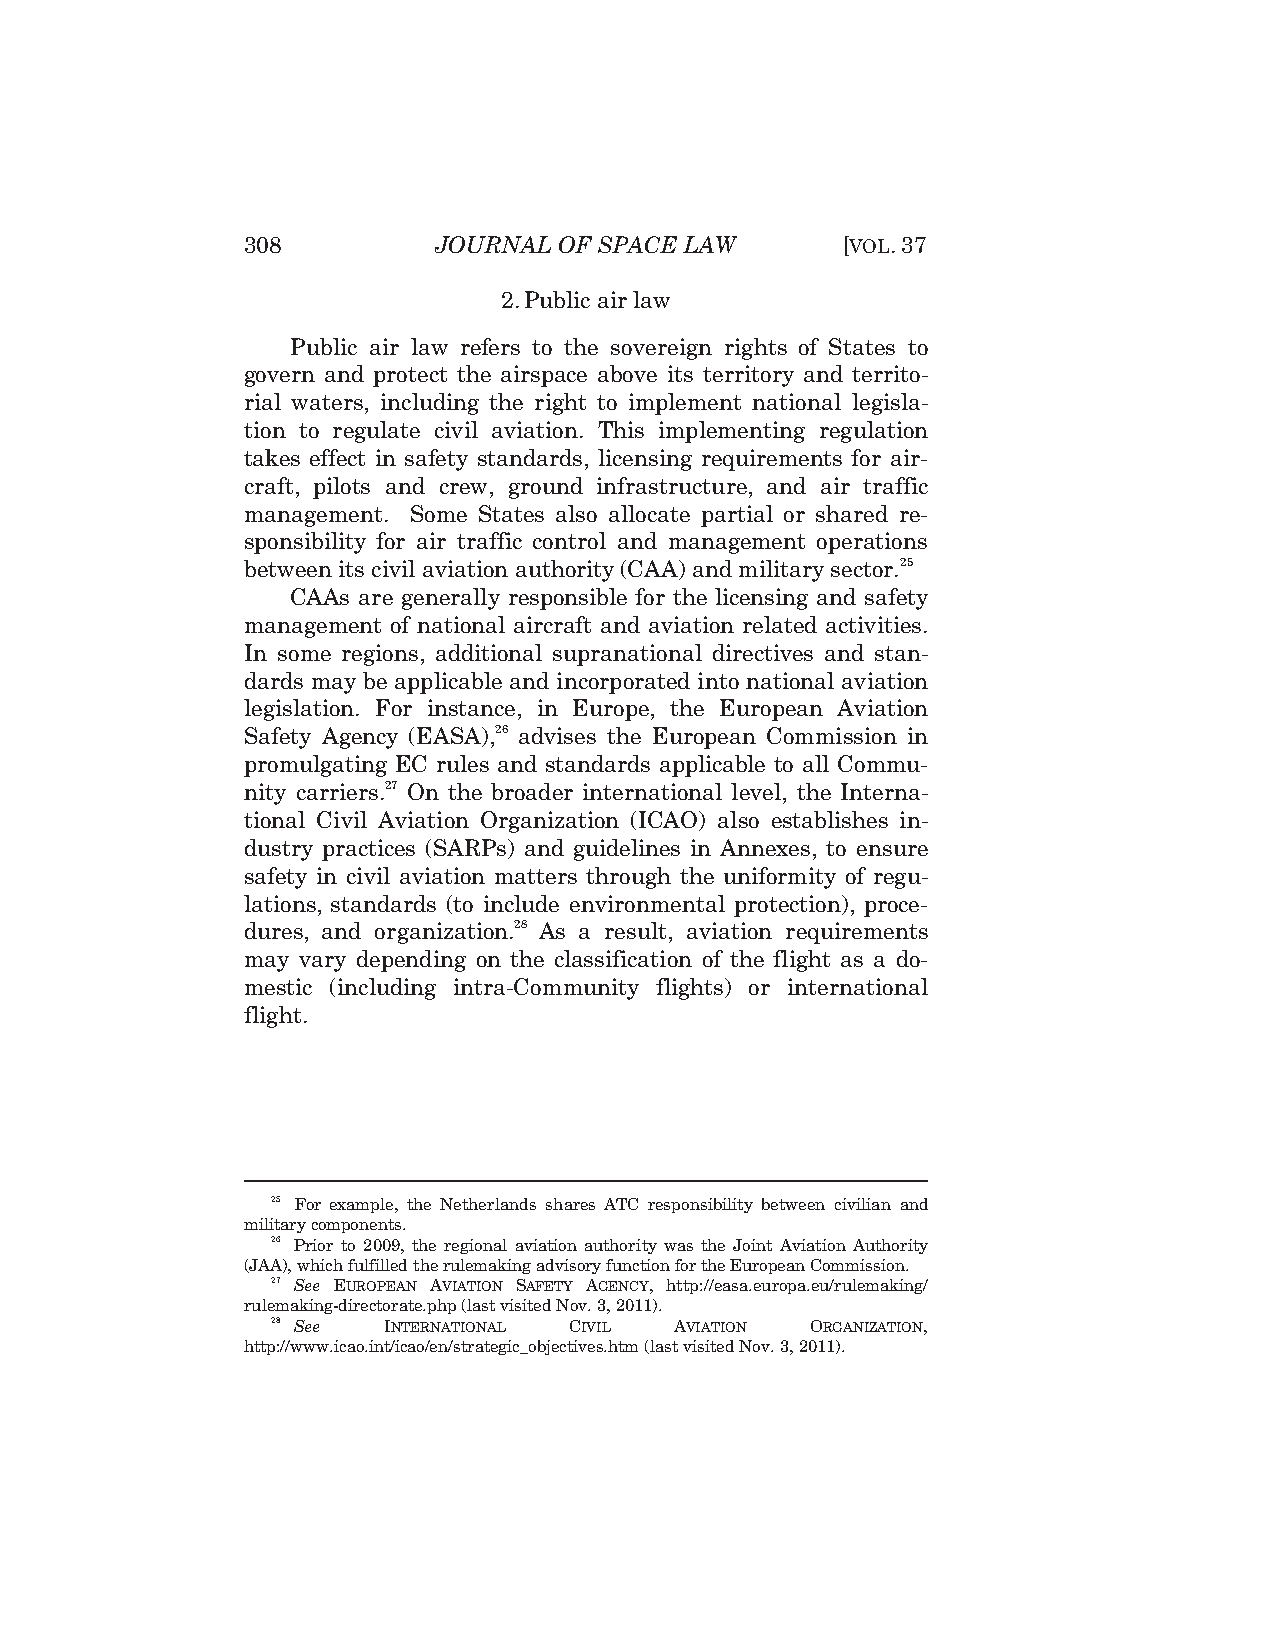
308          JOURNAL OF SPACE LAW       [VOL.37
 2. Public air law
 Public air law refers to the sovereign rights of States to
 govern and protect the airspace above its territory and territo-
 rial waters, including the right to implement national legisla-
 tion to regulate civil aviation. This implementing regulation
 takes effect in safety standards, licensing requirements for air-
 craft, pilots and crew, ground infrastructure, and air traffic
 management. Some States also allocate partial or shared re-
 sponsibility for air traffic control and management operations
 between its civil aviation authority (CAA) and military sector.25
 CAAs are generally responsible for the licensing and safety
 management of national aircraft and aviation related activities.
 In some regions, additional supranational directives and stan-
 dards may be applicable and incorporated into national aviation
 legislation. For instance, in Europe, the European Aviation
 Safety Agency (EASA),26 advises the European Commission in
 promulgating EC rules and standards applicable to all Commu-
 nity carriers.27 On the broader international level, the Interna-
 tional Civil Aviation Organization (ICAO) also establishes in-
 dustry practices (SARPs) and guidelines in Annexes, to ensure
 safety in civil aviation matters through the uniformity of regu-
 lations, standards (to include environmental protection), proce-
 dures, and organization.28 As a result, aviation requirements
 may vary depending on the classification of the flight as a do-
 mestic (including intra-Community flights) or international
 flight.
 25 For example, the Netherlands shares ATC responsibility between civilian and
 military components.
 26 Prior to 2009, the regional aviation authority was the Joint Aviation Authority
 (JAA), which fulfilled the rulemaking advisory function for the European Commission.
 27 See EUROPEAN AVIATION SAFETY AGENCY, http://easa.europa.eu/rulemaking/
 rulemaking-directorate.php (last visited Nov. 3, 2011).
 28 See INTERNATIONAL CIVIL AVIATION ORGANIZATION,
 http://www.icao.int/icao/en/strategic_objectives.htm (last visited Nov. 3, 2011).